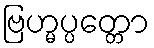
ဗြဟ္မပ္ပတ္တော